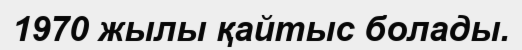
1970 жылы қайтыс болады.